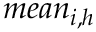
m e a n _ { i , h }